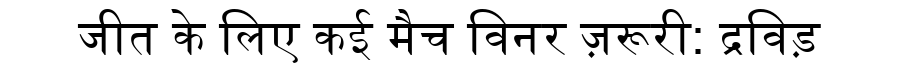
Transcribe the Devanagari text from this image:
जीत के लिए कई मैच विनर ज़रूरी: द्रविड़